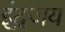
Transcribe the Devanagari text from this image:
इंद्रजय